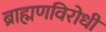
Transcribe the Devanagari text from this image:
ब्राह्मणविरोधी